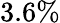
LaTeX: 3.6\%